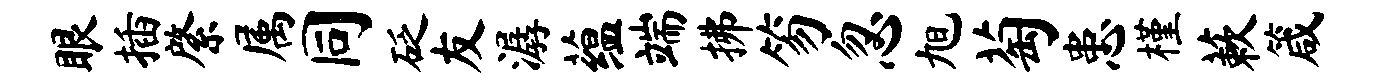
眼插綮属同砭友潺蕴端拂笏忽旭萄患槿蔌箴